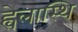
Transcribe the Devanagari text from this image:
ह्वेलास्थि